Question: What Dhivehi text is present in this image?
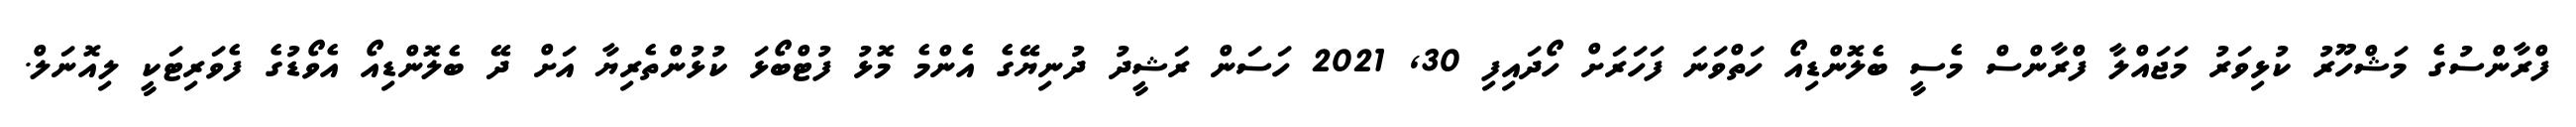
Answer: ފްރާންސުގެ މަޝްހޫރު ކުޅިވަރު މަޖައްލާ ފްރާންސް މެސީ ބެލޮންޑިއޯ ހަތްވަނަ ފަހަރަށް ހޯދައިފި 30, 2021 ހަސަން ރަޝީދު ދުނިޔޭގެ އެންމެ މޮޅު ފުޓްބޯޅަ ކުޅުންތެރިޔާ އަށް ދޭ ބެލޮންޑިއޯ އެވޯޑުގެ ފެވަރިޓަކީ ލިއޮނަލް.